Lunatic asylums United Provinces 1899-1908 - 1899-1908
Year: 1899
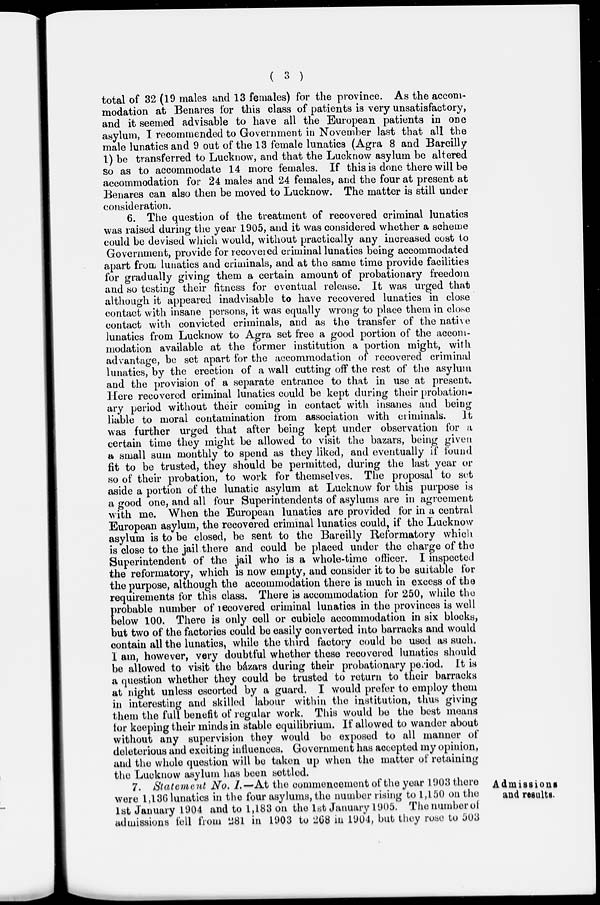
( 3 )
total of 32 (19 males and 13 females) for the province. As the accom-
modation at Benares for this class of patients is very unsatisfactory,
and it seemed advisable to have all the European patients in one
asylum, I recommended to Government in November last that all the
male lunatics and 9 out of the 13 female lunatics (Agra 8 and Bareilly
1) be transferred to Lucknow, and that the Lucknow asylum be altered
so as to accommodate 14 more females. If this is done there will be
accommodation for 24 males and 24 females, and the four at present at
Benares can also then be moved to Lucknow. The matter is still under
consideration.
6. The question of the treatment of recovered criminal lunatics
was raised during the year 1905, and it was considered whether a scheme
could be devised which would, without practically any increased cost to
Government, provide for recovered criminal lunatics being accommodated
apart from lunatics and criminals, and at the same time provide facilities
for gradually giving them a certain amount of probationary freedom
and so testing their fitness for eventual release. It was urged that
although it appeared inadvisable to have recovered lunatics in close
contact with insane persons, it was equally wrong to place them in close
contact with convicted criminals, and as the transfer of the native
lunatics from Lucknow to Agra set free a good portion of the accom-
modation available at the former institution a portion might, with
advantage, be set apart for the accommodation of recovered criminal
lunatics, by the erection of a wall cutting off the rest of the asylum
and the provision of a separate entrance to that in use at present.
Here recovered criminal lunatics could be kept during their probation-
ary period without their coming in contact with insanes and being
liable to moral contamination from association with criminals.
It
was further urged that after being kept under observation for a
certain time they might be allowed to visit the bazars, being given
a small sum monthly to spend as they liked, and eventually if found
fit to be trusted, they should be permitted, during the last year or
so of their probation, to work for themselves. The proposal to set
aside a portion of the lunatic asylum at Lucknow for this purpose is
a good one, and all four Superintendents of asylums are in agreement
with me. When the European lunatics are provided for in a central
European asylum, the recovered criminal lunatics could, if the Lucknow
asylum is to be closed, be sent to the Bareilly Reformatory which
is close to the jail there and could be placed under the charge of the
Superintendent of the jail who is a whole-time officer. I inspected
the reformatory, which is now empty, and consider it to be suitable for
the purpose, although the accommodation there is much in excess of the
requirements for this class. There is accommodation for 250, while the
probable number of recovered criminal lunatics in the provinces is well
below 100. There is only cell or cubicle accommodation in six blocks,
but two of the factories could be easily converted into barracks and would
contain all the lunatics, while the third factory could be used as such.
I am, however, very doubtful whether these recovered lunatics should
be allowed to visit the bázars during their probationary period. It is
a question whether they could be trusted to return to their barracks
at night unless escorted by a guard. I would prefer to employ them
in interesting and skilled labour within the institution, thus giving
them the full benefit of regular work. This would be the best means
for keeping their minds in stable equilibrium. If allowed to wander about
without any supervision they would be exposed to all manner of
deleterious and exciting influences. Government has accepted my opinion,
and the whole question will be taken up when the matter of retaining
the Lucknow asylum has been settled.
Admissions
and results.
7. Statement No. I.—At the commencement of the year 1903 there
were 1,136 lunatics in the four asylums, the number rising to 1,150 on the
1st January 1904 and to 1,183 on the 1st January 1905. The number of
admissions fell from 281 in 1903 to 268 in 1904, but they rose to 503